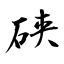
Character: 硖